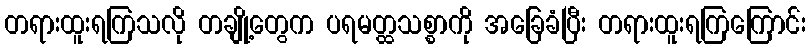
တရားထူးရကြသလို တချို့တွေက ပရမတ္ထသစ္စာကို အခြေခံပြီး တရားထူးရကြကြောင်း